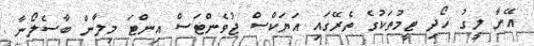
އޭނާ ލީގު ހޯދި ޓީމުތަކުގެ ތެރޭގައި އަޔަކްސް ޖުވެންޓަސް އިންޓަ މިލާން ބާސެލޯނާ